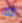
لك